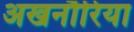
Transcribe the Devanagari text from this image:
अखनौरिया